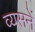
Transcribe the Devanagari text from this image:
व्यसनें